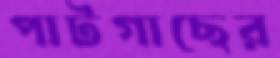
পাটগাছের